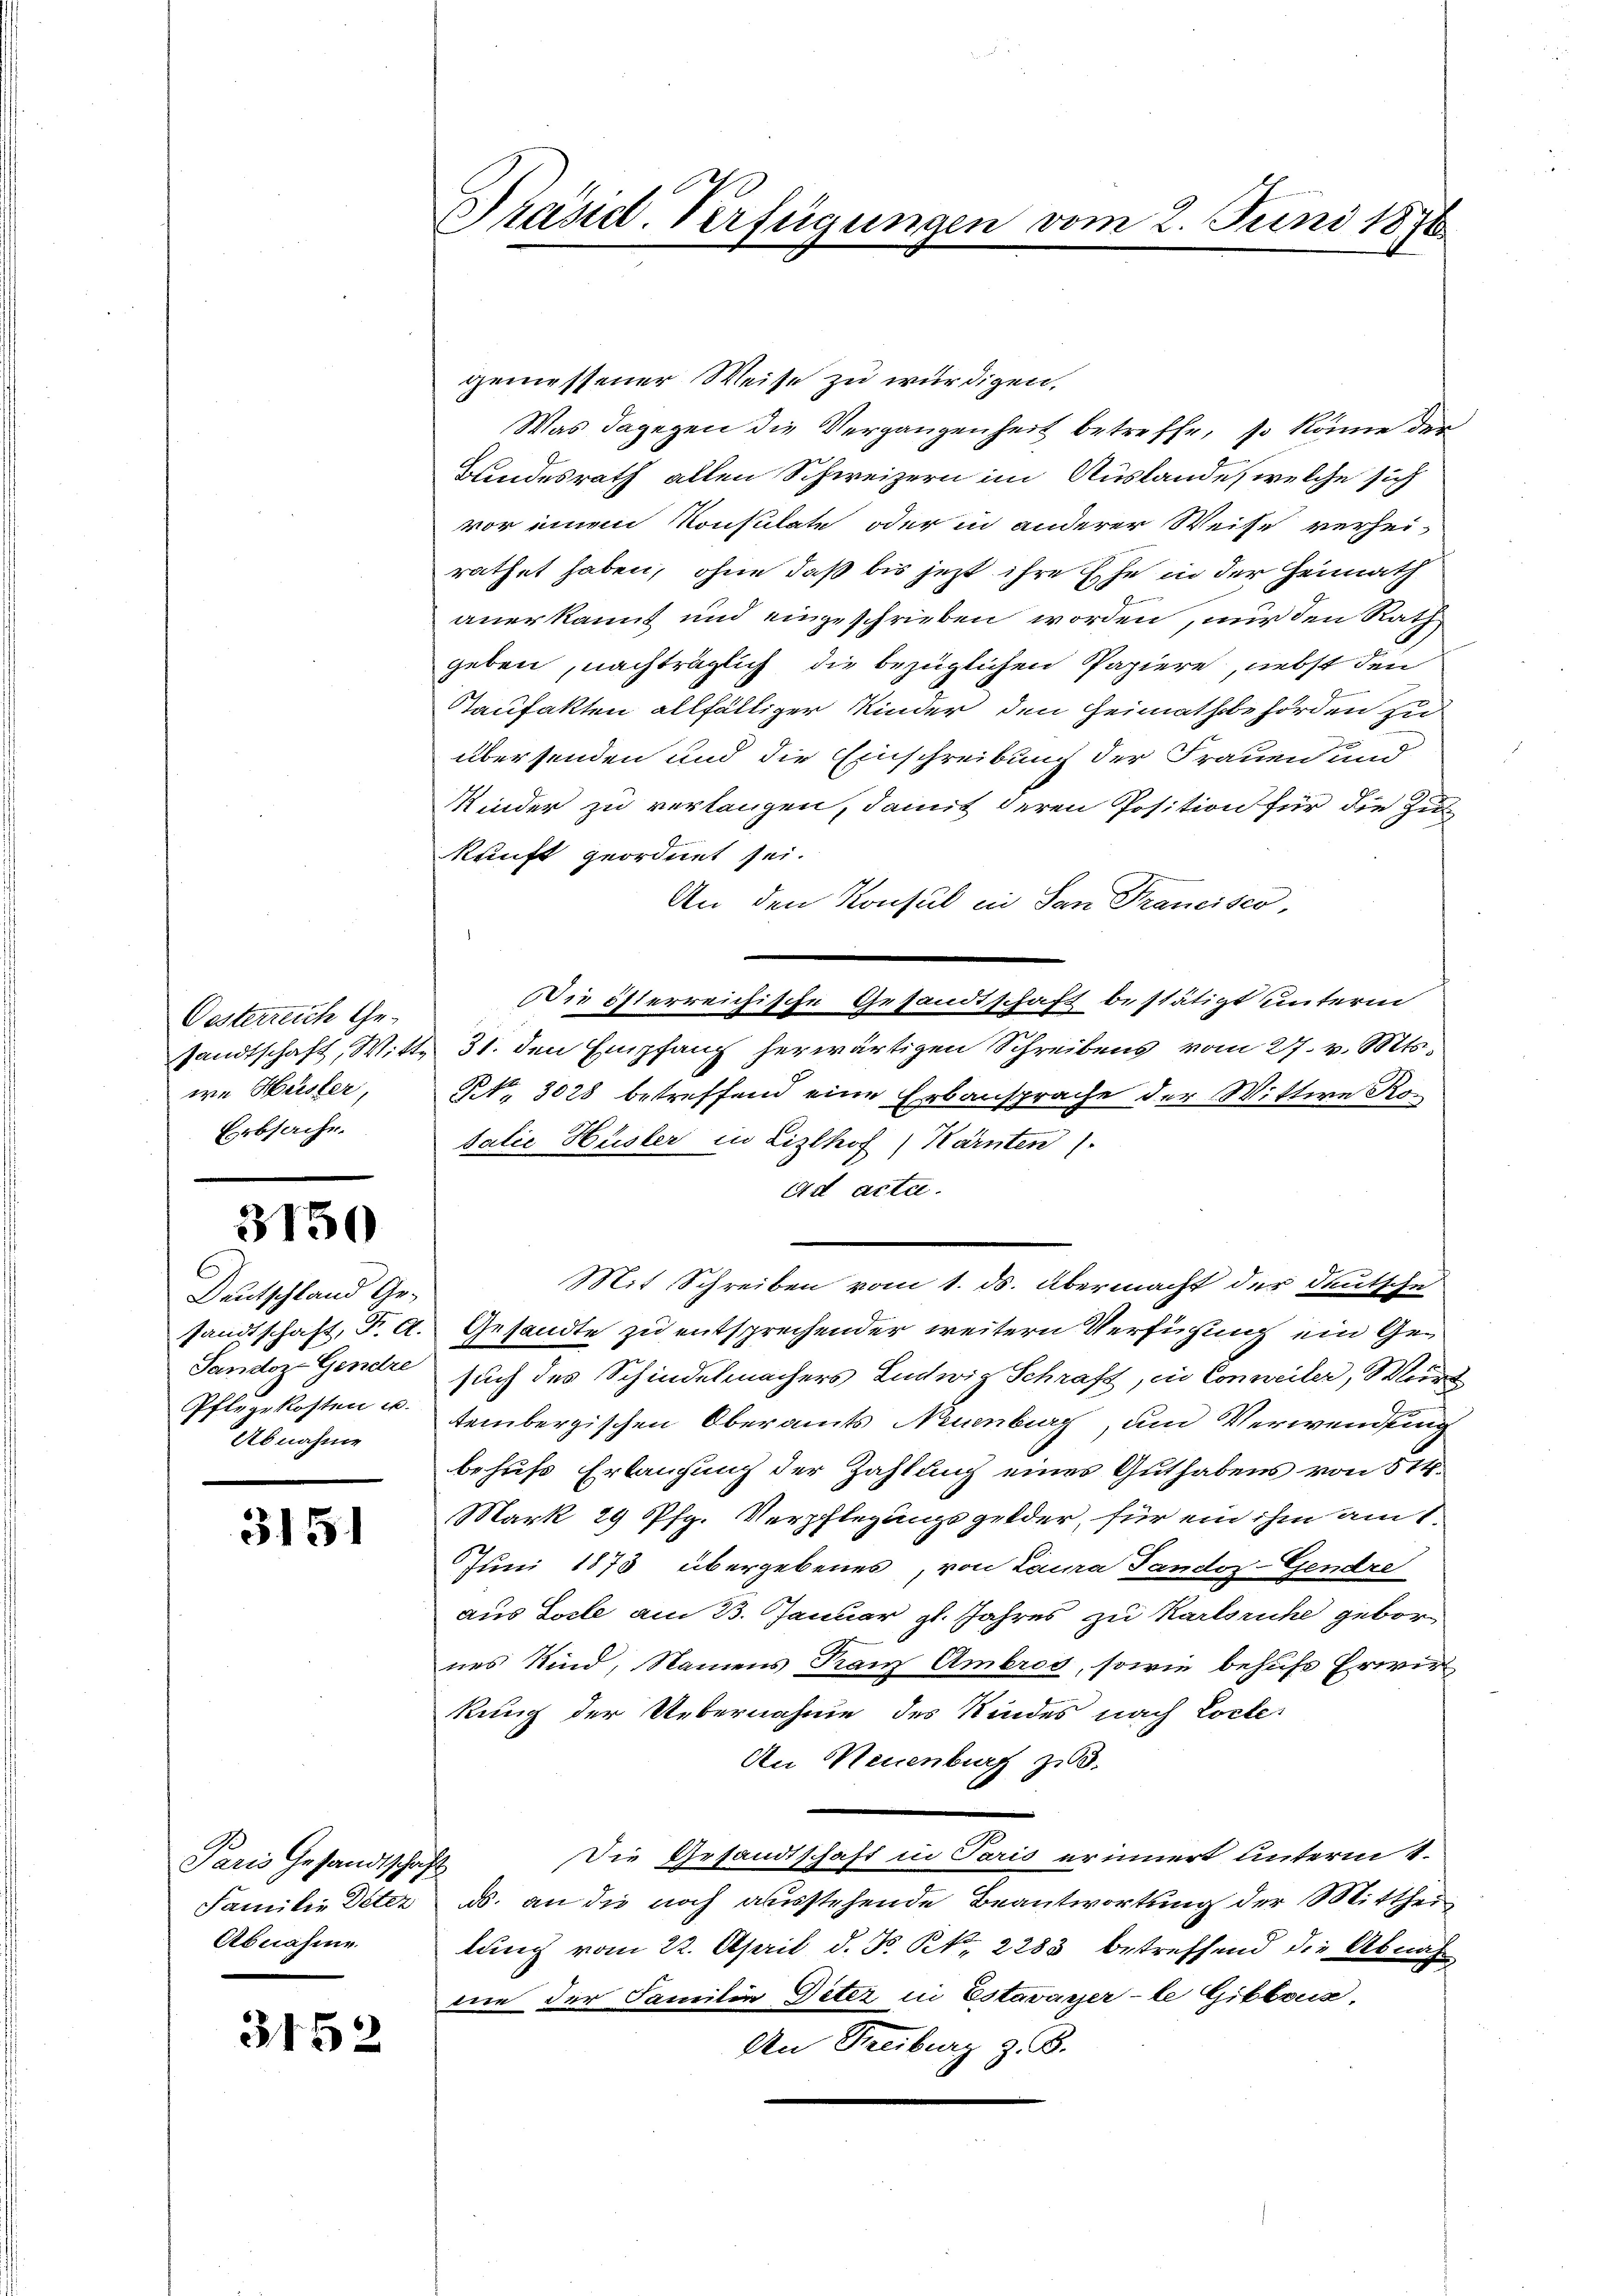
Oesterreich Gewe Hüsler,
Erbsache.

3150

Deutschland Ge-
Pflurkosten u.
Abnahme

3151

Paris Gesandtschaft
Familie Deter
Abnahme.

3152

Präsid. Verfügungen vom 2. Juni 1876.

gemessener Weise zu würdigen.
Was dagegen die Vergangenheit betreffe, so könne der
Bundesrath allen Schweizern im Auslande, welche sich
vor einem Konsulate oder in anderer Weise verhei-
rathet haben, ohne daß bis jezt ihre Ehe in der Heimath
anerkannt und eingeschrieben worden, nur den Rath
geben, nachträglich die bezüglichen Papiere, nebst den
Taufakten allfälliger Kinder den Heimathbehörden zu
übersenden und die Einschreibung der Frauen und
Kinder zu verlangen, damit deren Position für die Zu-
kunft geordnet sei.
An den Konsul in den Francisco,
Di österreichische Gesandtschaft bestätigt unterm
sandtschaft, Witte 31. den Empfang herwärtigen Schreibens vom 27. v. Mts.
NNo. 3028 betreffend eine Erbansprache der Wittwe Rosalić Hüsler in Lizlhof Kärnten
ad acta.
Mit Schreiben vom 1. ds. übermacht der Deutsche
sandtschaft, P. A. Gesandte zu entsprechender weitern Verfügung ein Ge¬
Sandoz Gendre such des Schindelmachers Ludwig Schraft, in Conweiler, Wurz
tembergischen Oberamts Neuenburg, um Verwendung
behufs Erlaufung der Zahlung eines Guthabens von 514.
Mark 29 Pfg. Verpflegungsgelder, für ein ihm am 1.
Juni 1873 übergebenes, von Laura Fandor-Gendre
aus Poste am 23. Januar gl. Jahres zu Karlsruhe gebor
nes Kind, Namens Franz Ambros, sowie behufs Erwirkung der Uebernahme des Kindes nach Locte-
An Neuenburg zu 3.
Die Gesandtschaft in Paris erinnert unterm 1
ds. an die noch ausstehende Beantwortung der Mittheilung vom 22. April d. J. Rk., 2283 betreffend die Abnahnie der Familie Peter in Estavayer-le Giblenz,
An Freiburg z. B.